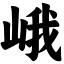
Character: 峨